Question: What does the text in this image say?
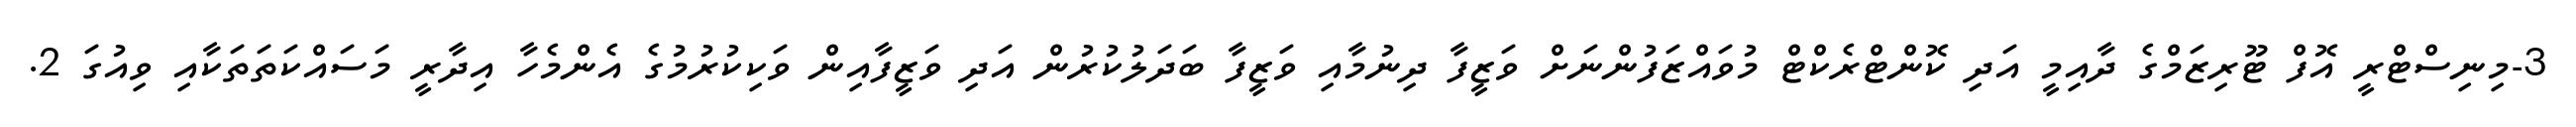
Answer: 3-މިނިސްޓްރީ އޮފް ޓޫރިޒަމްގެ ދާއިމީ އަދި ކޮންޓްރެކްޓް މުވައްޒަފުންނަށް ވަޒީފާ ދިނުމާއި ވަޒީފާ ބަދަލުކުރުން އަދި ވަޒީފާއިން ވަކިކުރުމުގެ އެންމެހާ އިދާރީ މަސައްކަތަތަކާއި ވިއުގަ 2.